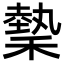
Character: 𬓺